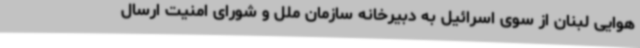
هوایی لبنان از سوی اسرائیل به دبیرخانه سازمان ملل و شورای امنیت ارسال